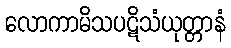
လောကာမိသပဋိသံယုတ္တာနံ